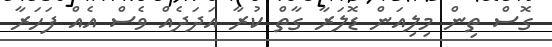
ގޮސް ތިން މިލިއަން ޑޮލަރާ ގާތް ކުރާ އަދަދެއް ވެސް އެއް ފަހަރާ